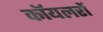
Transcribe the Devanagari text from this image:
कॉयलरों